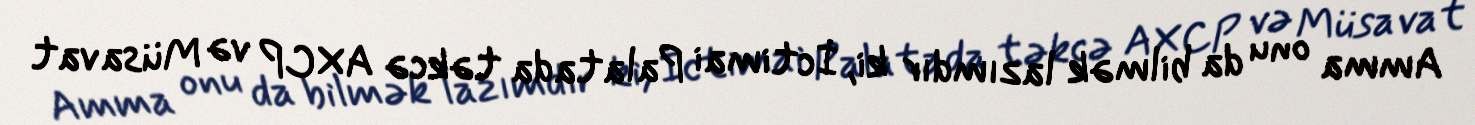
Amma onu da bilmək lazımdır ki, İctimai Palatada təkcə AXCP və Müsavat